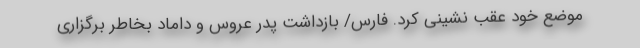
موضع خود عقب نشینی کرد. فارس/ بازداشت پدر عروس و داماد بخاطر برگزاری